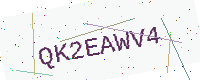
Text: QK2EAWV4